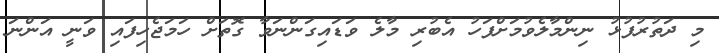
މި ދަތުރުފުޅު ނިންމާލެވުމަށްފަހު އެބުރި މާލެ ވަޑައިގަންނަވާ ގޮތަށް ހަމަޖެހިފައި ވަނީ އަންނަ